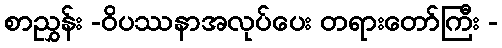
စာညွှန်း -ဝိပဿနာအလုပ်ပေး တရားတော်ကြီး -